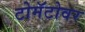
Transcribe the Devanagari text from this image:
टोमॅटोवर